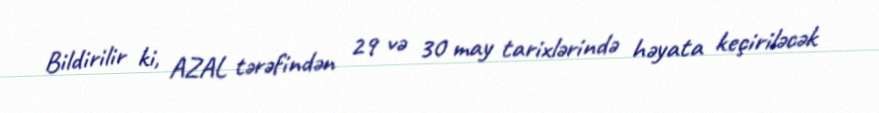
Bildirilir ki, AZAL tərəfindən 29 və 30 may tarixlərində həyata keçiriləcək